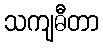
သကျဓီတာ